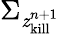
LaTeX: \Sigma_{\mathit{z}_{\mathrm{{kill}}}^{n+1}}